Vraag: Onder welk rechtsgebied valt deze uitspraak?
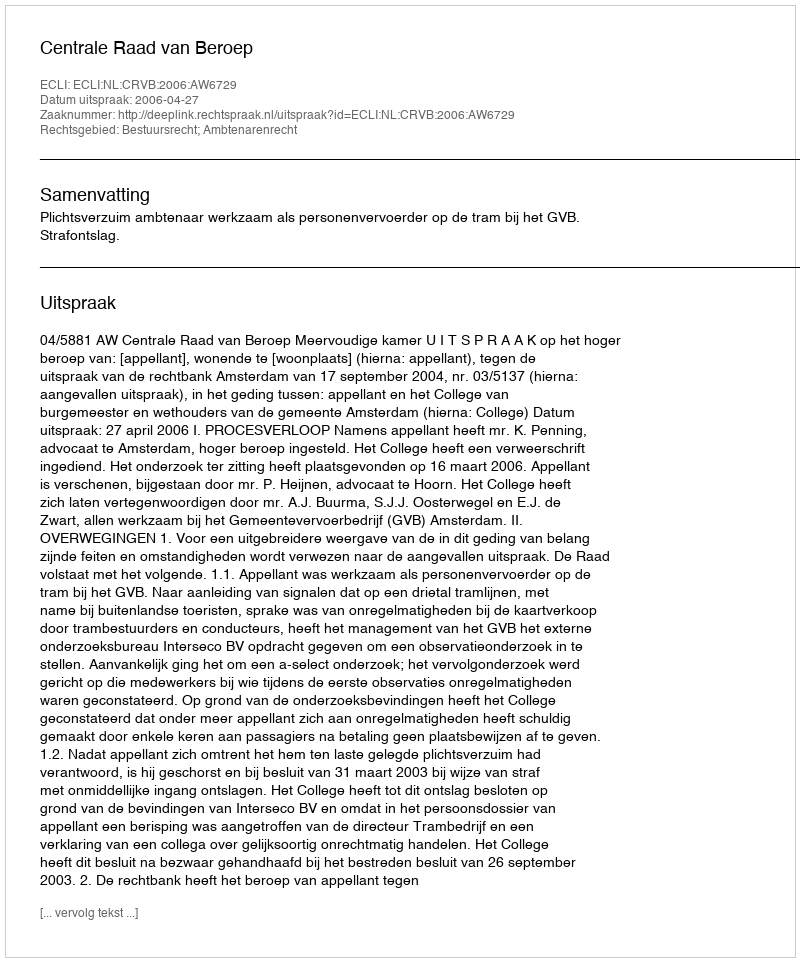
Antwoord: Bestuursrecht; Ambtenarenrecht